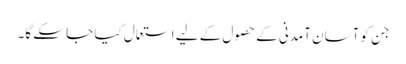
جن کو آسان آمدنی کے حصول کے لیے استعمال کیا جا سکے گا۔